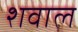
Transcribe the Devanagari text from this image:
शवाल